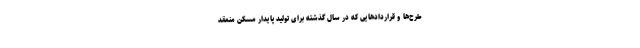
طرح‌ها و قراردادهایی که در سال گذشته برای تولید پایدار مسکن منعقد